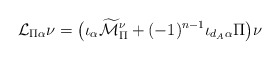
\begin{align*} \mathcal{L}_{\Pi\alpha}\nu=\big(\iota_\alpha\widetilde{\mathcal{M}}_\Pi^\nu+ (-1)^{n-1}\iota_{d_{A}\alpha}\Pi \big)\nu\end{align*}